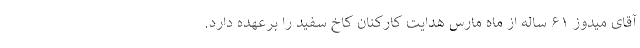
آقای میدوز ۶۱ ساله از ماه مارس هدایت کارکنان کاخ سفید را برعهده دارد.